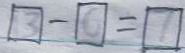
\textcircled { 1 3 } - \textcircled { 6 } = \textcircled { 7 }